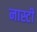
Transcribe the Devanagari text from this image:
नास्टी